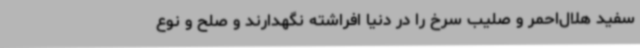
سفید هلال‌احمر و صلیب سرخ را در دنیا افراشته نگهدارند و صلح و نوع